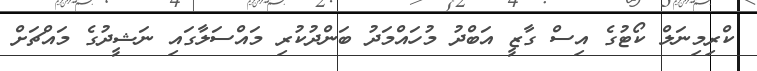
ކްރިމިނަލް ކޯޓުގެ އިސް ގާޒީ އަބްދު މުހައްމަދު ބަންދުކުރި މައްސަލާގައި ނަޝީދުގެ މައްޗަށް